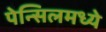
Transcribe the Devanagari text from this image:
पेन्सिलमध्ये